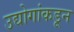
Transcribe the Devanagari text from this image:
उद्योगांकडून